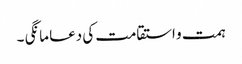
ہمت و استقامت کی دعا مانگی ۔